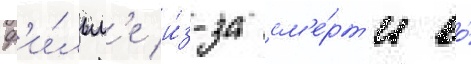
ф'и́льм'е и́з-за см'е́рт'и ео́